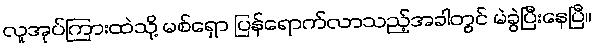
လူအုပ်ကြားထဲသို့ မစ်ရှော ပြန်ရောက်လာသည့်အခါတွင် မဲခွဲပြီးနေပြီ။